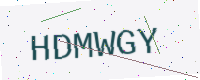
Text: HDMWGY